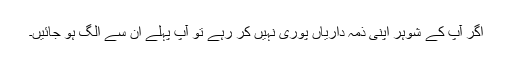
اگر آپ کے شوہر اپنی ذمہ داریاں پوری نہیں کر رہے تو آپ پہلے ان سے الگ ہو جائیں۔